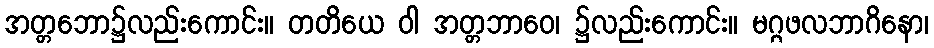
အတ္တဘော၌လည်းကောင်း။ တတိယေ ဝါ အတ္တဘာဝေ၊ ၌လည်းကောင်း။ မဂ္ဂဖလဘာဂိနော၊